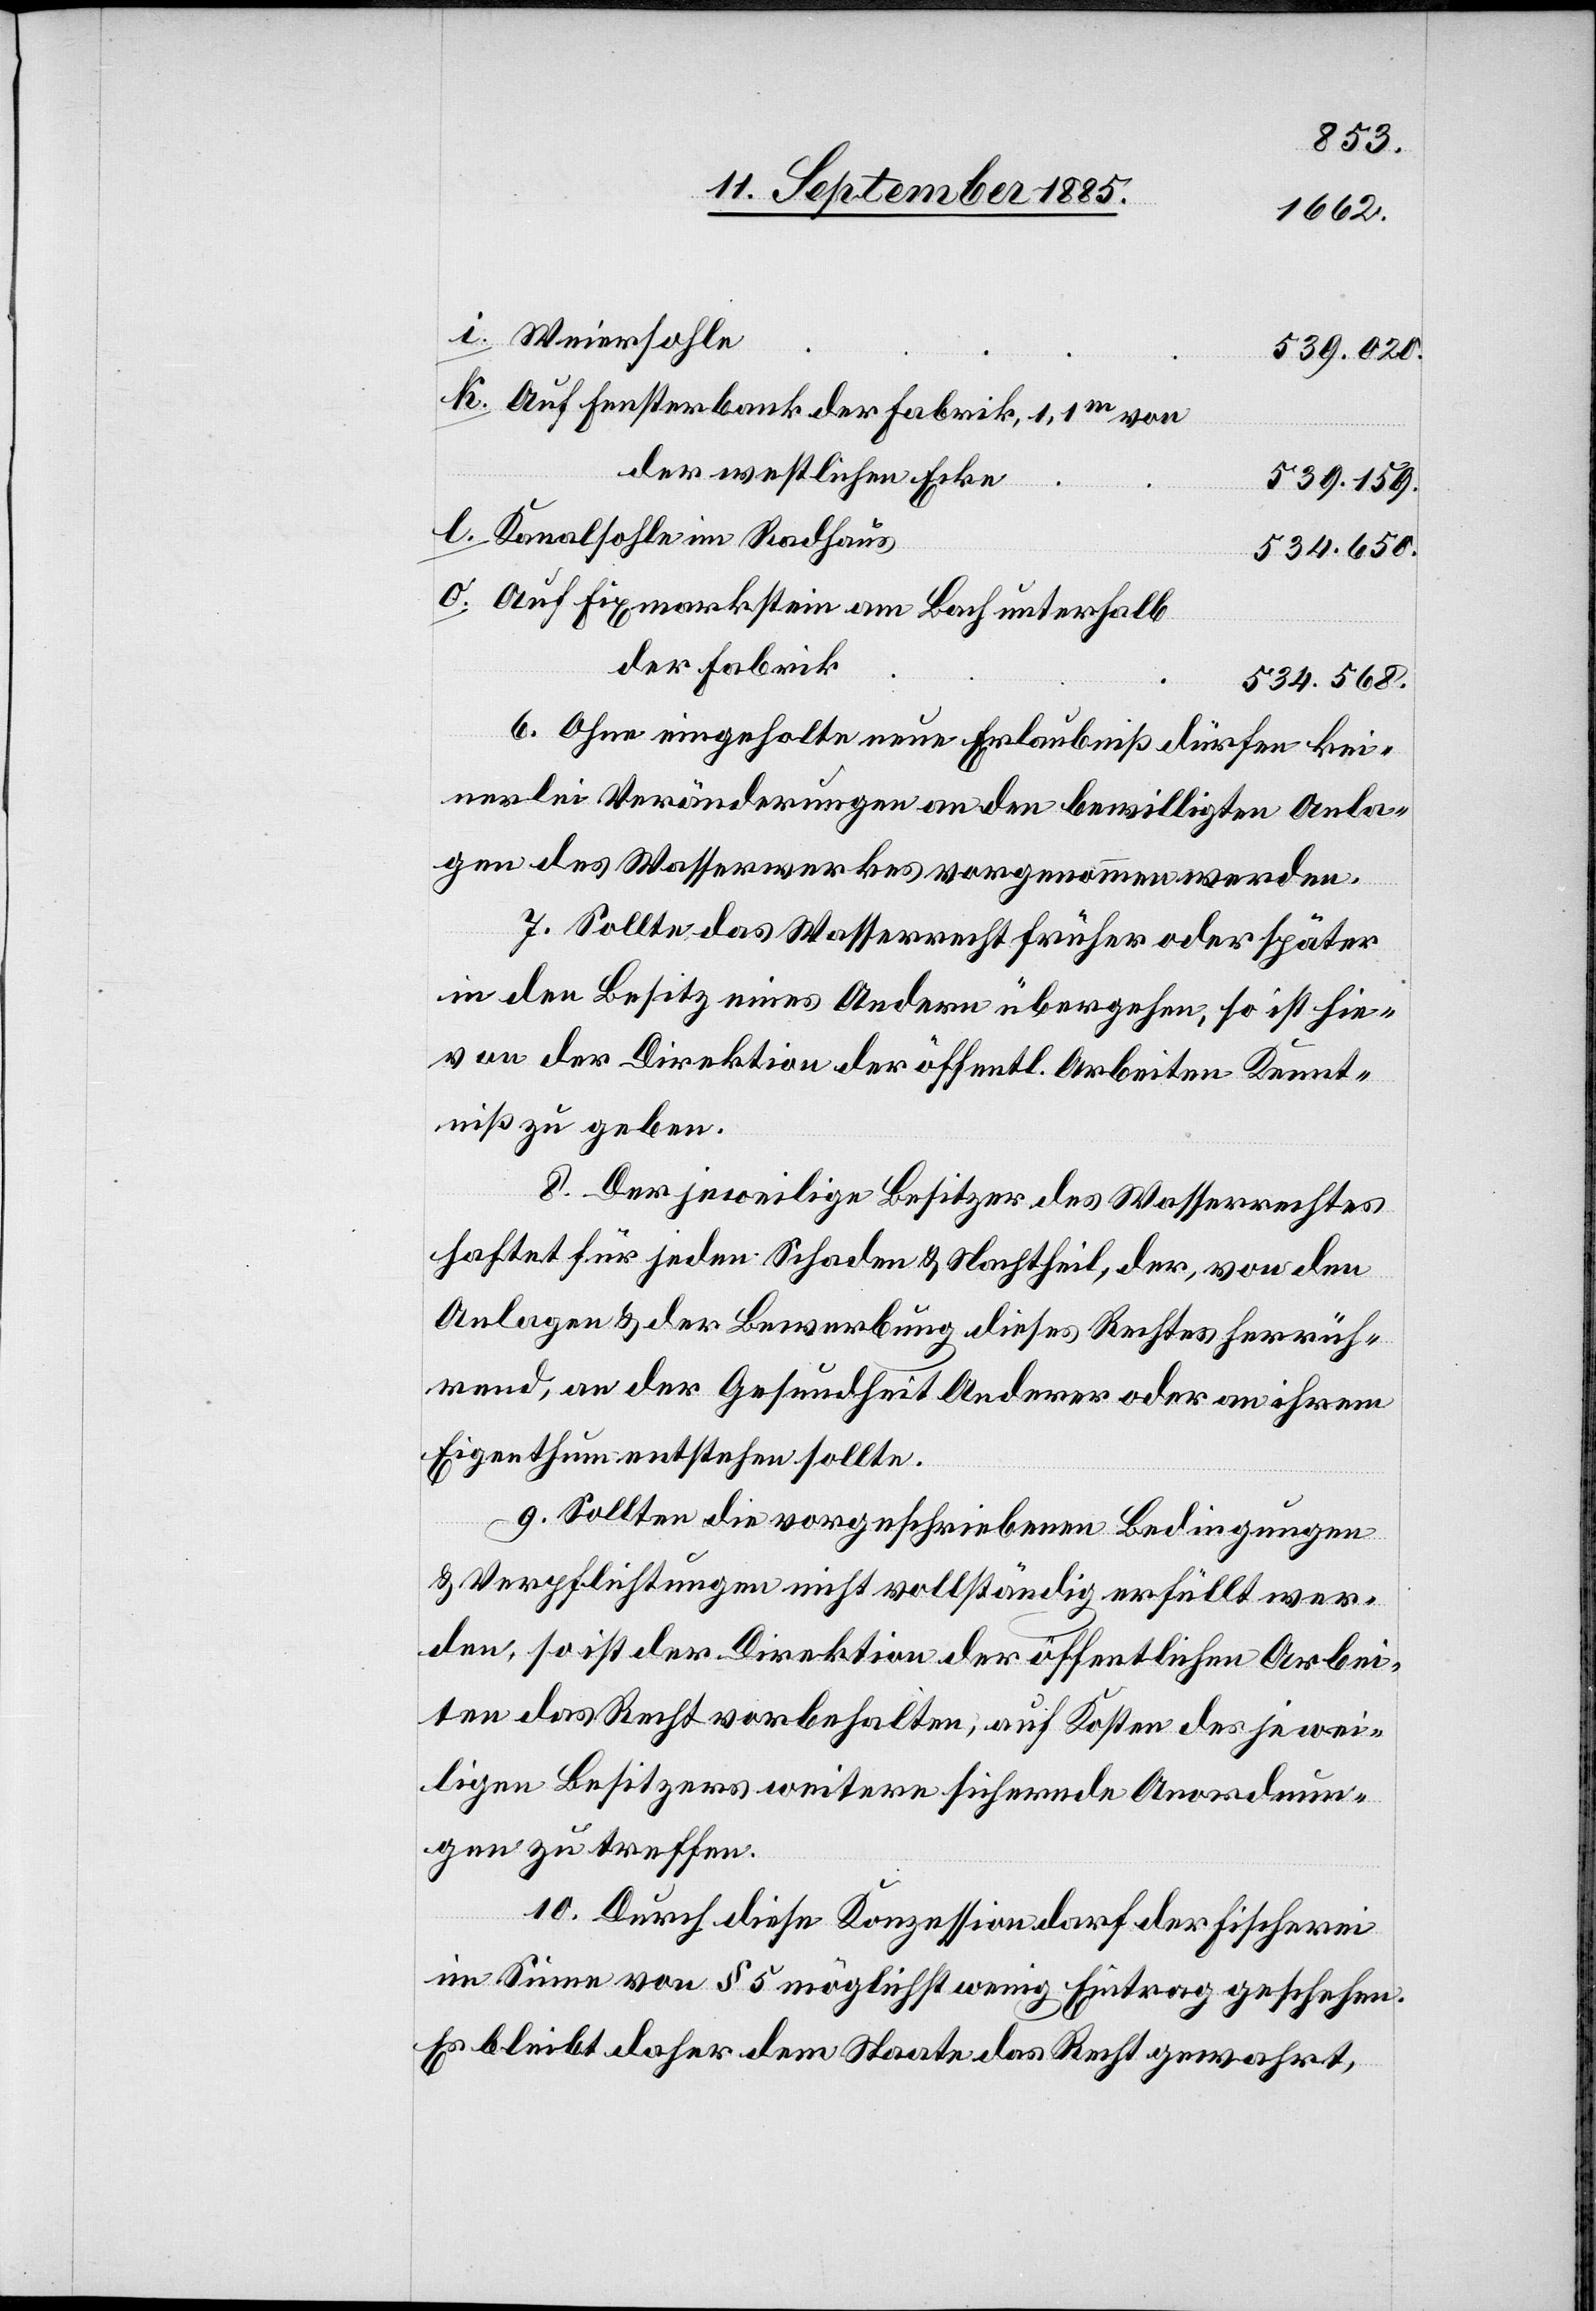
Weiersohle
539.020.
Auf Fensterbank der Fabrik, 1,1m von
der westlichen Ecke
539.159.
Kanalsohle im Radhaus
534.650.
Auf Fixmarkstein am Bach unterhalb
der Fabrik
534.568.
6. Ohne eingeholte neue Erlaubniß dürfen kei¬
nerlei Veränderungen an den bewilligten Anla¬
gen des Wasserwerkes vorgenommen werden.
7. Sollte das Wasserrecht früher oder später
in den Besitz eines Andern übergehen, so ist hie¬
von der Direktion der öffentl. Arbeiten Kennt¬
niß zu geben.
8. Der jeweilige Besitzer des Wasserrechtes
haftet für jeden Schaden & Nachtheil, der, von den
Anlagen & der Bewerbung dieses Rechtes herrüh¬
rend, an der Gesundheit Anderer oder an ihrem
Eigenthum entstehen sollte.
9. Sollten die vorgeschriebenen Bedingungen
& Verpflichtungen nicht vollständig erfüllt wer¬
den, so ist der Direktion der öffentlichen Arbei¬
ten das Recht vorbehalten, auf Kosten des jewei¬
ligen Besitzers weitere sichernde Anordnun¬
gen zu treffen.
10. Durch diese Konzession darf der Fischerei
im Sinne von § 5 möglichst wenig Eintrag geschehen.
Es bleibt daher dem Staate das Recht gewahrt,